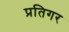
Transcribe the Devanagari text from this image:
प्रतिगर